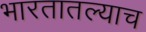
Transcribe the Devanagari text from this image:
भारतातल्याच